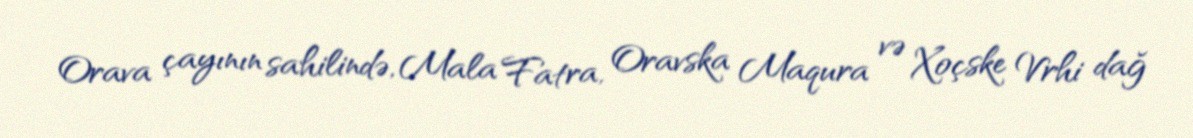
Orava çayının sahilində, Mala Fatra, Oravska Maqura və Xoçske Vrhi dağ